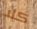
كلا